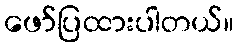
ဖော်ပြထားပါတယ်။